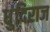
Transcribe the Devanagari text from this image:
धुंदिराज